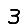
Digit: 3